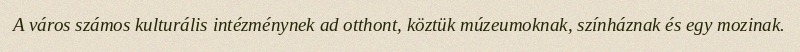
A város számos kulturális intézménynek ad otthont, köztük múzeumoknak, színháznak és egy mozinak.